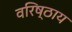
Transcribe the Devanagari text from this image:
वरिष्ठाय